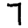
Digit: 7